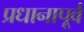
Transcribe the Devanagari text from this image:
प्रधानापूर्व